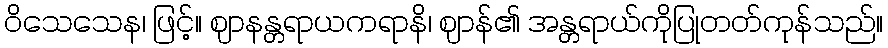
ဝိသေသေန၊ ဖြင့်။ ဈာနန္တရာယကရာနိ၊ ဈာန်၏ အန္တရာယ်ကိုပြုတတ်ကုန်သည်။